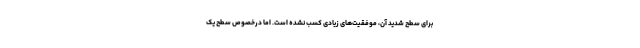
برای سطح شدیدِ آن، موفقیت‌های زیادی کسب نشده است. اما درخصوص سطح یک